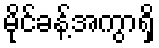
မိုင်ခန့်အကွာရှိ